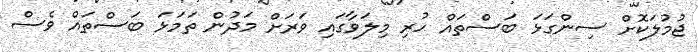
ޖުމުލަކޮށް ސިންގަޅަ ބަސްތައް ހުރި މިލަވާގައި ވަރަށް މަދުން ތަމަޅަ ބަސްތައް ވެސް